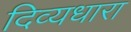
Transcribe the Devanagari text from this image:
दिव्यधारा